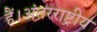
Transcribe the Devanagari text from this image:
हैं।अंतरराष्ट्रीय